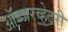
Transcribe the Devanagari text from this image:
ऑब्जरव्हेटरी